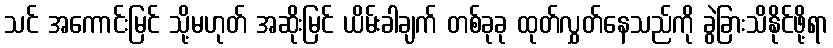
သင် အကောင်းမြင် သို့မဟုတ် အဆိုးမြင် ယိမ်းခါချက် တစ်ခုခု ထုတ်လွှတ်နေသည်ကို ခွဲခြားသိနိုင်ဖို့ရာ